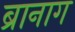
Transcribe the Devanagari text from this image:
ब्रानाग